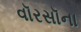
વૉરસૉના